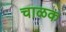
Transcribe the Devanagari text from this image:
चाळक